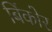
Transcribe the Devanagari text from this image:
बिंकोर